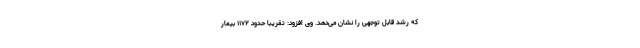
که رشد قابل توجهی را نشان می‌دهد. وی افزود: تقریبا حدود ۱۱۷۲ بیمار